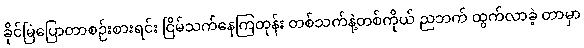
ခိုင်မြဲပြောတာစဉ်းစားရင်း ငြိမ်သက်နေကြတုန်း တစ်သက်နဲ့တစ်ကိုယ် ညဘက် ထွက်လာခဲ့ တာမှာ